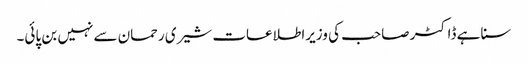
سنا ہے ڈاکٹر صاحب کی وزیراطلاعات شیری رحمان سے نہیں بن پائی۔